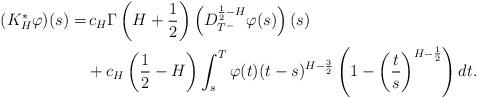
LaTeX: \begin{align*}(K_H^{\ast} \varphi)(s) =& \, c_H \Gamma\left( H+\frac{1}{2}\right)\left(D_{T^-}^{\frac{1}{2}-H} \varphi(s)\right) (s)\\&+ c_H \left( \frac{1}{2}-H\right)\int_s^T \varphi(t) (t-s)^{H-\frac{3}{2}} \left(1- \left(\frac{t}{s}\right)^{H-\frac{1}{2}}\right)dt.\end{align*}